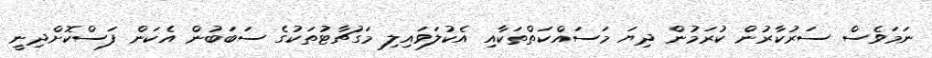
ނަމަވެސް ސަރުކާރުން ކުރަމުން ދިޔަ މަސައްކަތްތަކާއި އެކުލަވައިލި މަގުޗާޓުތަކުގެ ސަބަބުން އެކަން ފަސްކޮށްދިނީ